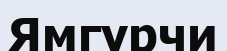
Ямгурчи